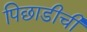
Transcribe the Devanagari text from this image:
पिछाडीची